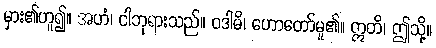
မှား၏ဟူ၍။ အဟံ၊ ငါဘုရားသည်။ ဝဒါမိ၊ ဟောတော်မူ၏။ ဣတိ၊ ဤသို့။